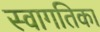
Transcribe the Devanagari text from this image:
स्वागतिका